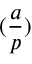
( { \frac { a } { p } } )